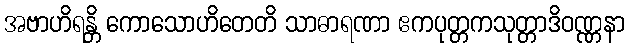
အဗာဟိရန္တိ ကောသောဟိတေတိ သာဓာရဏာ ဧကပုတ္တကသုတ္တာဒိဝဏ္ဏနာ